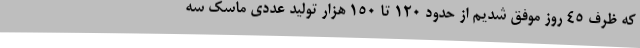
که ظرف ۴۵ روز موفق شدیم از حدود ۱۲۰ تا ۱۵۰ هزار تولید عددی ماسک سه